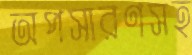
অপসারণসহ